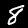
Digit: 8